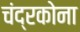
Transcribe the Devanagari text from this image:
चंद्रकोना